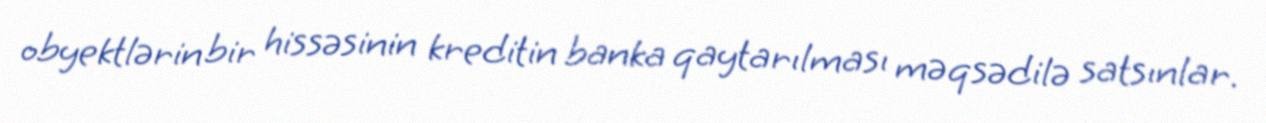
obyektlərin bir hissəsinin kreditin banka qaytarılması məqsədilə satsınlar.